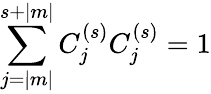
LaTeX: \sum_{j=|m|}^{s+|m|}C_{j}^{(s)}C_{j}^{(s)}=1